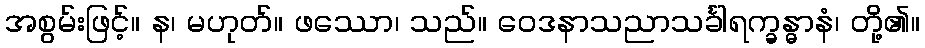
အစွမ်းဖြင့်။ န၊ မဟုတ်။ ဖဿော၊ သည်။ ဝေဒနာသညာသင်္ခါရက္ခန္ဓာနံ၊ တို့၏။